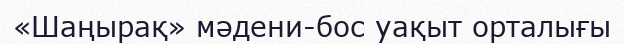
«Шаңырақ» мәдени-бос уақыт орталығы